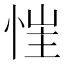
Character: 𢚇